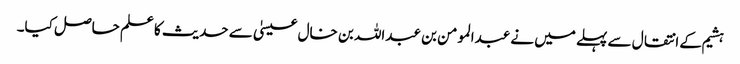
ہشیم کے انتقال سے پہلے میں نے عبدالمومن بن عبداللہ بن خال عیسیٰ سے حدیث کا علم حاصل کیا۔